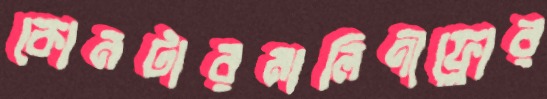
কোনটারমালিণীফ্লোর